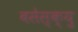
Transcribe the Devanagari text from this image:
बसेस्क्यु